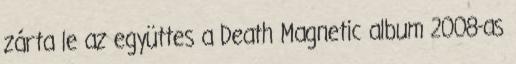
zárta le az együttes a Death Magnetic album 2008-as